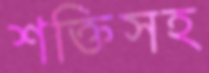
শক্তিসহ